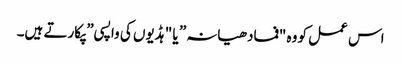
اس عمل کو وہ "فمادھیانہ” یا "ہڈیوں کی واپسی” پکارتے ہیں۔